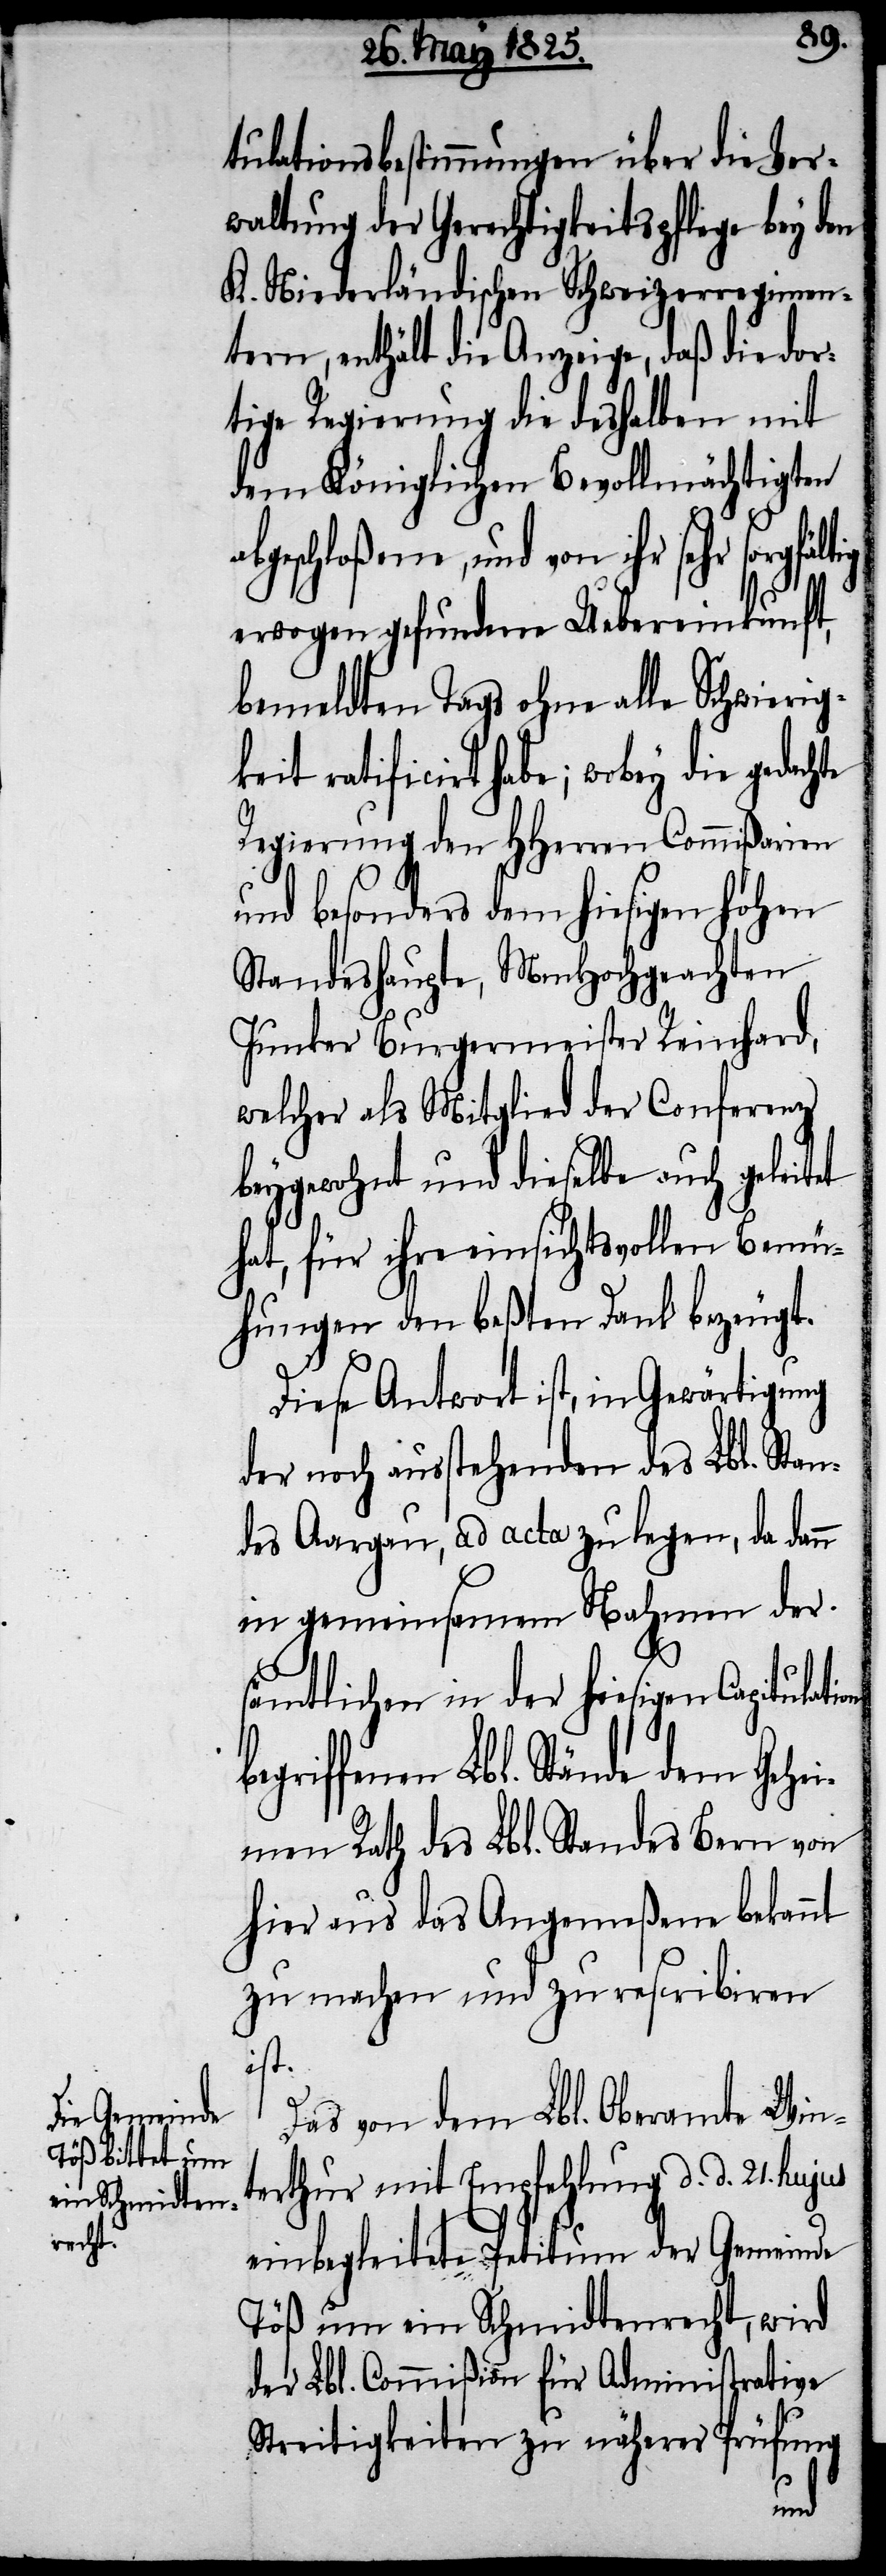
tulationsbestimmungen über die Ver¬
waltung der Gerechtigkeitspflege bey den
K. Niederländischen Schweizerregimen¬
tern, enthält die Anzeige, daß die dor¬
tige Regierung die desselben mit
dem Königlichen Bevollmächtigten
geschloßene, und von ihr sehr
erwogen gefundene Uebereinkunft,
bemeldten Tags ohne alle Schwierig¬
keit ratificirt habe; wobey die gedach¬
Regierung den HHerrn Commißionen
und besonders dem hiesigen hohen
Standeshaupte, MmHochgeachten
Junker Burgermeister Reinhard,
welcher als Mitglied der Conferenz
beygewohnt und dieselbe auch geleitet
hat, für ihre einsichtsvollen Bemü¬
hungen den beßten Dank bezeugt.
te
Diese Antwort ist, in Gewärtigung
der noch ausstehenden des Lbl. Stan¬
des Aargau, ad acta zu legen, da dann
in gemeinsamem Nahmen der
sämtlichen in der hiesigen Capitula¬
riffenen Lbl. Stände dem Gehe¬
imen Rath des Lbl. Standes Bern von
hier und das Angemeßene bekannt
zu machen und zu rescribiren
ist.
Das von dem Lbl. Oberamte Win¬
terthur mit Empfehlung d. d. 21. hujus
einbegleitete Petitum der Gemeinde
Töß um ein Schmidtenrecht, wird
der Lbl. Commißion für Administrative
Streitigkeiten zu näherer Prüfung
beg¬